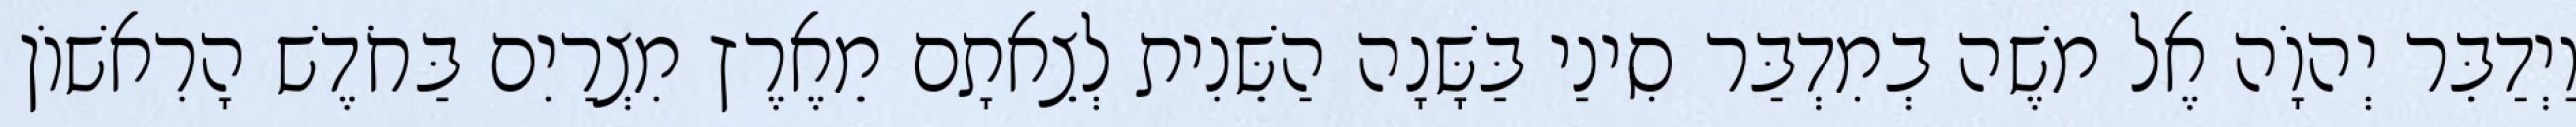
וַיְדַבֵּר יְהוָֹה אֶל משֶׁה בְמִדְבַּר סִינַי בַּשָּׁנָה הַשֵּׁנִית לְצֵאתָם מֵאֶרֶץ מִצְרַיִם בַּחֹדֶשׁ הָרִאשׁוֹן